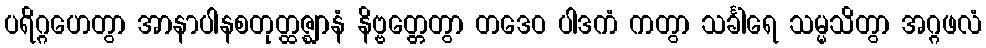
ပရိဂ္ဂဟေတွာ အာနာပါနစတုတ္ထဇ္ဈာနံ နိဗ္ဗတ္တေတွာ တဒေဝ ပါဒကံ ကတွာ သင်္ခါရေ သမ္မသိတွာ အဂ္ဂဖလံ